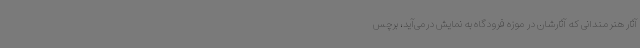
آثار هنرمندانی که آثارشان در موزه فرودگاه به نمایش درمی‌آید، برچس